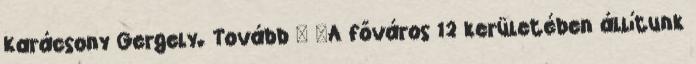
Karácsony Gergely. Tovább › ›A főváros 12 kerületében állítunk